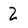
Character: 2